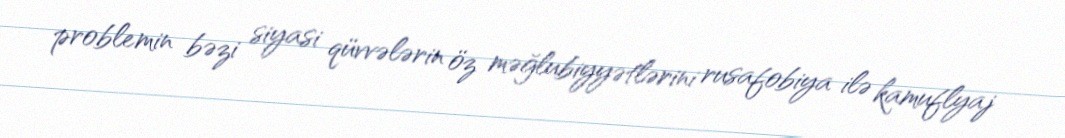
problemin bəzi siyasi qüvvələrin öz məğlubiyyətlərini rusafobiya ilə kamuflyaj